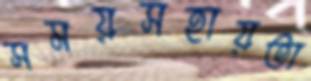
সময়সহায়তা